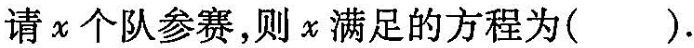
请x个队参赛，则χ满足的方程为( )。